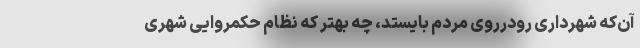
آن‌که شهرداری رودرروی مردم بایستد، چه بهتر که نظام حکمروایی شهری